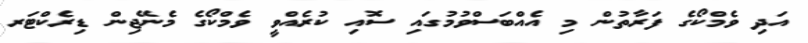
އަދި ވެމްކޯގެ ފަރާތުން މި އެއްބަސްވުމުގައި ސޮއި ކުރެއްވީ ވެމްކޯގެ މެނޭޖިން ޑިރެކްޓަރ